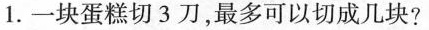
1.一块蛋糕切3刀，最多可以切成几块？